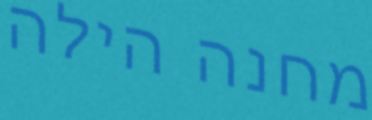
מחנה הילה